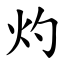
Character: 灼